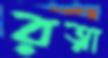
রত্না